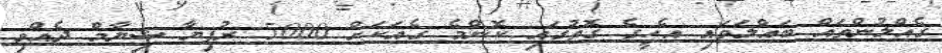
ގެއްލުންތައް ބައްލަވައި އެހީގެ ގޮތުގައި ކޮންމެ ގެއަކަށް 5000 ރުފިޔާ ޝިޔާމް ދެއްވި